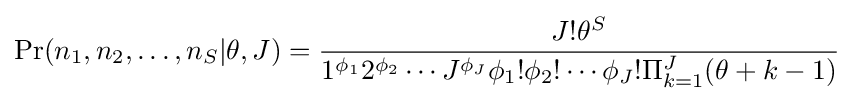
\Pr(n_{1},n_{2},\ldots ,n_{S}|\theta ,J)={\frac {J!\theta ^{S}}{1^{\phi _{1}}2^{\phi _{2}}\cdots J^{\phi _{J}}\phi _{1}!\phi _{2}!\cdots \phi _{J}!\Pi _{k=1}^{J}(\theta +k-1)}}